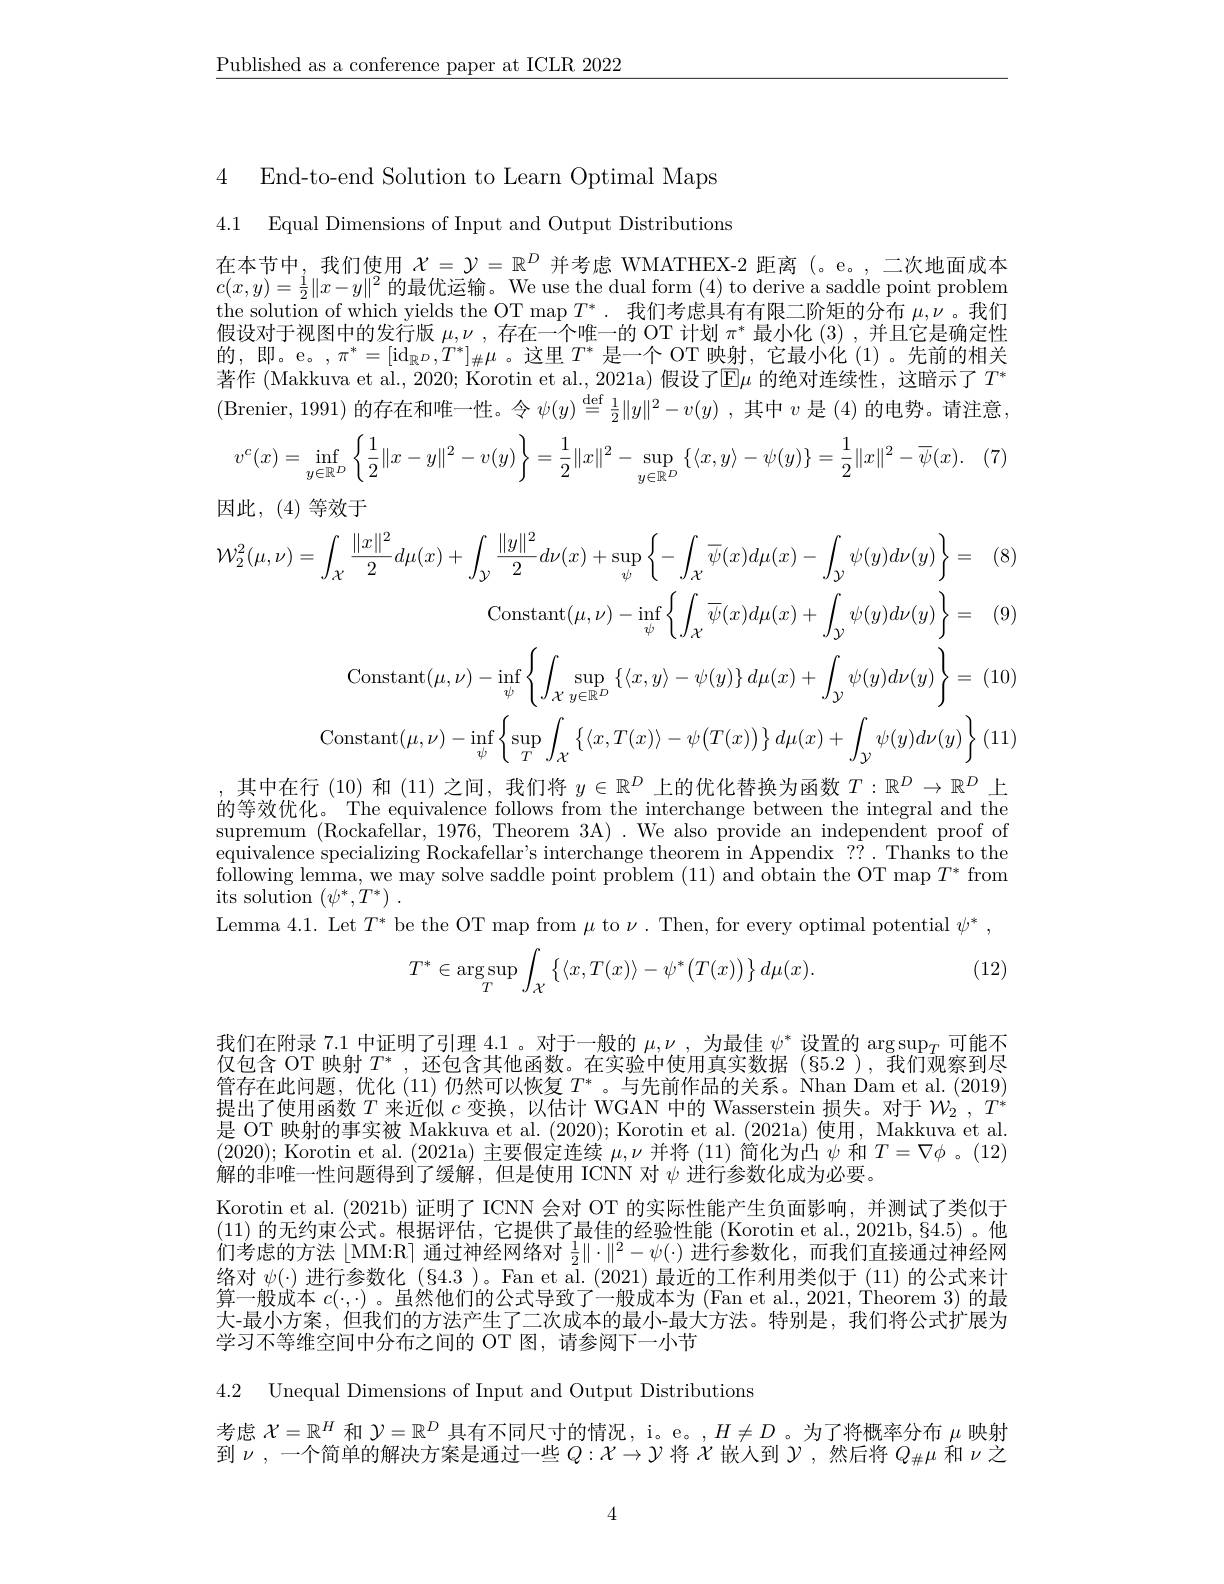
$\underline{\text{Published as a conference paper at ICLR 2022}}$

4 End-to-end Solution to Learn Optimal Maps

4.1 Equal Dimensions of Input and Output Distributions

在本节中，我们使用$\chi=\mathcal{Y}=\mathbb{R}^D$并考虑 WMATHEX-2 距离(。e。,二次地面成本$c(x,y)=\frac12\|x-y\|^2$的最优运输。We use the dual form (4) to derive a saddle point problem the solution of which yields the OT map $T^* .$ 我们考虑具有有限二阶矩的分布$\mu,\nu$ 。我们假设对于视图中的发行版$\mu,\nu$ ,存在一个唯一的 OT 计划$\pi^*$最小化 (3) ,并且它是确定性的 , 即 。e。$, \pi ^{* }= [ \mathrm{id}_{\mathbb{R} ^D}, T^{* }] _{\# }\mu$。这 里 $T^{* }$ 是 一 个 OT 映 射 , 它 最 小 化 ( 1) 。先 前 的 相 关 时 ,即 。e。$, \pi ^{* }= [ \mathrm{id}_{\mathbb{R} ^D}, T^{* }] _{\# }\mu$。这 里 $T^{* }$ 是 一 个 OT 映 射 , 它 最 小 化 ( 1) 。先 前 的 相 关著作 (Makkuva et al., 2020; Korotin et al., 2021a) 假设了$\operatorname{E}\mu$ 的绝对连续性，这暗示了 $T^*$ (Brenier,1991) 的存在和唯一性。令$\psi(y)\overset{\mathrm{def}}{\operatorname*{=}}\frac12\|y\|^2-v(y)$ ,其中$v$是 (4) 的电势。请注意，
$$v^c(x)=\inf\limits_{y\in\mathbb{R}^D}\left\{\dfrac{1}{2}\|x-y\|^2-v(y)\right\}=\dfrac{1}{2}\|x\|^2-\sup\limits_{y\in\mathbb{R}^D}\left\{\langle x,y\rangle-\psi(y)\right\}=\dfrac{1}{2}\|x\|^2-\overline{\psi}(x).$$
因此，(4)等效于
(8)
$$\mathcal{W}_{2}^{2}(\mu,\nu)=\int_{\mathcal{X}}\frac{\|x\|^{2}}{2}d\mu(x)+\int_{\mathcal{Y}}\frac{\|y\|^{2}}{2}d\nu(x)+\sup_{\psi}\left\{-\int_{\mathcal{X}}\overline{\psi}(x)d\mu(x)-\int_{\mathcal{Y}}\psi(y)d\nu(y)\right\}=\\\mathrm{Constant}(\mu,\nu)-\inf_{\psi}\left\{\int_{\mathcal{X}}\overline{\psi}(x)d\mu(x)+\int_{\mathcal{Y}}\psi(y)d\nu(y)\right\}=$$
: (9)
$$\mathrm{Constant}(\mu,\nu)-\inf_{\psi}\left\{\int_{\mathcal X}\sup_{y\in\mathbb R^D}\left\{\langle x,y\rangle-\psi(y)\right\}d\mu(x)+\int_{\mathcal Y}\psi(y)d\nu(y)\right\}=$$
= (10)
$$\mathrm{Constant}(\mu,\nu)-\inf_{\psi}\left\{\sup_{T}\int_{\mathcal{X}}\left\{\langle x,T(x)\rangle-\psi\big(T(x)\big)\right\}d\mu(x)+\int_{\mathcal{Y}}\psi(y)d\nu(y)\right\}$$
$\begin{array}{c}\text{,其中在行(10)和(11)之间，我们将 }y\in\mathbb{R}^{D}\text{上的优化替换为函数 }T:\mathbb{R}^{D}\to\mathbb{R}^{D}\text{ 上}\\\text{的等效优化。The equivalence follows from the interchange between the integral and the}\\\text{supremum (Rockafellar, 1976, Theorem 3A) .We also provide an independent proof of}\end{array}$

equivalence specializing Rockafellar's interchange theorem in Appendix ??. Thanks to the following lemma, we may solve saddle point problem (11) and obtain the OT map $T^*$ from its solution $( \psi ^* , T^* )$ .
Lemma 4.1. Let $T^{*}$ be the OT map from $\mu$ to $\nu.$ Then, for every optimal potential $\psi^{*}$,
$$T^{*}\in\arg\sup_{T}\int_{\mathcal{X}}\left\{\langle x,T(x)\rangle-\psi^{*}\big(T(x)\big)\right\}d\mu(x).$$
(12)

我们在附录 7.1 中证明了引理 4.1 。对于一般的$\mu,\nu$ , 为最佳$\psi^*$设置的$\arg\sup_T$可能不仅包含 OT 映射$T^*$,还包含其他函数。在实验中使用真实数据(§5.2 ),我们观察到尽管存在此问题，优化 (11)仍然可以恢复$T^*$ 。与先前作品的关系。Nhan Dam et al.(2019) 提出了使用函数$T$来近似$c$变换，以估计 WGAN 中的 Wasserstein 损失。对于$W_2,T^*$ 是 OT 映射的事实被 Makkuva et al. (2020); Korotin et al. (2021a) 使用，Makkuva et al. (2020); Korotin et al. (2021a) 主要假定连续$\mu,\nu$并将 (11)简化为凸$\psi$和$T=\nabla\phi$ 。(12) 解的非唯一性问题得到了缓解，但是使用 ICNN 对$\psi$进行参数化成为必要。
Korotin et al. (2021b) 证明了 ICNN 会对 OT 的实际性能产生负面影响，并测试了类似于(11)的无约束公式。根据评估，它提供了最佳的经验性能 (Korotin et al., 2021b,§4.5)。他们考虑的方法$\lfloor$MM:R]通过神经网络对$\frac12\Vert\cdot\Vert^2-\psi(\cdot)$进行参数化，而我们直接通过神经网络对$\psi(\cdot)$进行参数化 (§4.3 )。Fan et al. (2021) 最近的工作利用类似于 (11) 的公式来计算一般成本$c(\cdot,\cdot)$ 。虽然他们的公式导致了一般成本为 (Fan et al., 2021, Theorem 3) 的最大-最小方案，但我们的方法产生了二次成本的最小-最大方法。特别是，我们将公式扩展为学习不等维空间中分布之间的 OT 图，请参阅下一小节

4.2 Unequal Dimensions of Input and Output Distributions

考虑$\mathcal{X}=\mathbb{R}^H$和$\mathcal{Y}=\mathbb{R}^D$具有不同尺寸的情况，i。e。$,H\neq D$ 。为了将概率分布$\mu$映射到$\nu$,一个简单的解决方案是通过一些$Q:\mathcal{X}\to\mathcal{Y}$将$\mathcal{X}$嵌人到$\mathcal{Y}$,然后将$Q_\#\mu$和$\nu$之

4